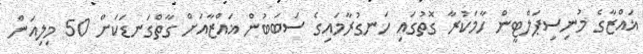
ޣައްޒާގެ މުނިސިޕަލްޓީން ހާމަކުރާ ގޮތުގައި ހަނގުރާމައިގެ ސަބަބުން ޣައްޒާއަށް ގާތްގަނޑަކަށް 50 މިލިއަން